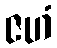
ဇဟံ